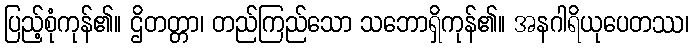
ပြည့်စုံကုန်၏။ ဌိတတ္တာ၊ တည်ကြည်သော သဘောရှိကုန်၏။ အနဂါရိယုပေတဿ၊